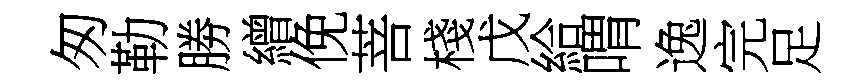
匆勒勝繒俛菩棧戊給喟逸完足